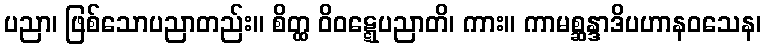
ပညာ၊ ဖြစ်သောပညာတည်း။ စိတ္ထ ဝိဝဋ္ဋေပညာတိ၊ ကား။ ကာမစ္ဆန္ဒာဒိပဟာနဝသေန၊